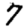
Digit: 7